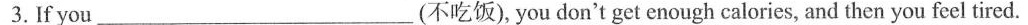
3.If you____(不吃饭), you don't get enough calories, and then you feel tired.